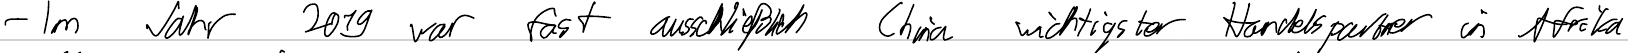
- Im Jahr 2019 war fast ausschließlich China wichtigster Handelspartner in Afrika